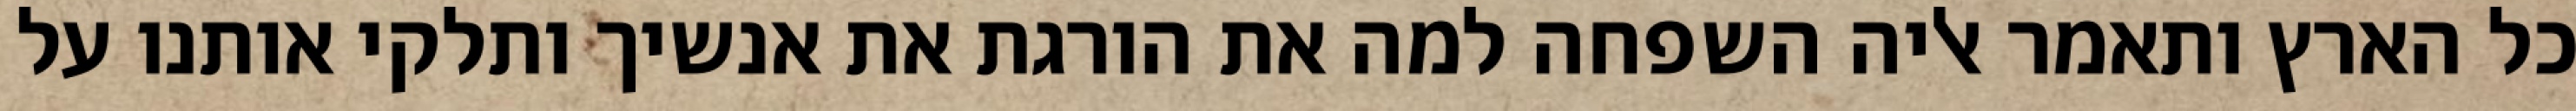
כל הארץ ותאמר אליה השפחה למה את הורגת את אנשיך ותלקי אותנו על